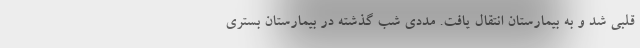
قلبی شد و به بیمارستان انتقال یافت. مددی شب گذشته در بیمارستان بستری